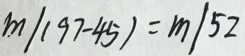
m / ( 9 7 - 4 5 ) = m / 5 2